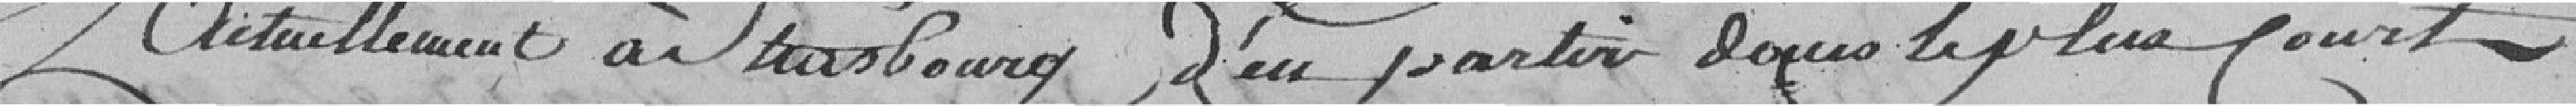
actuellement à Strasbourg d'en partir dans le plus court